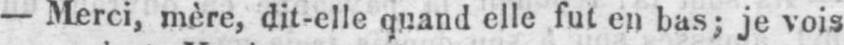
-- Merci, mère, dit-elle quand elle fut en bas; je vois